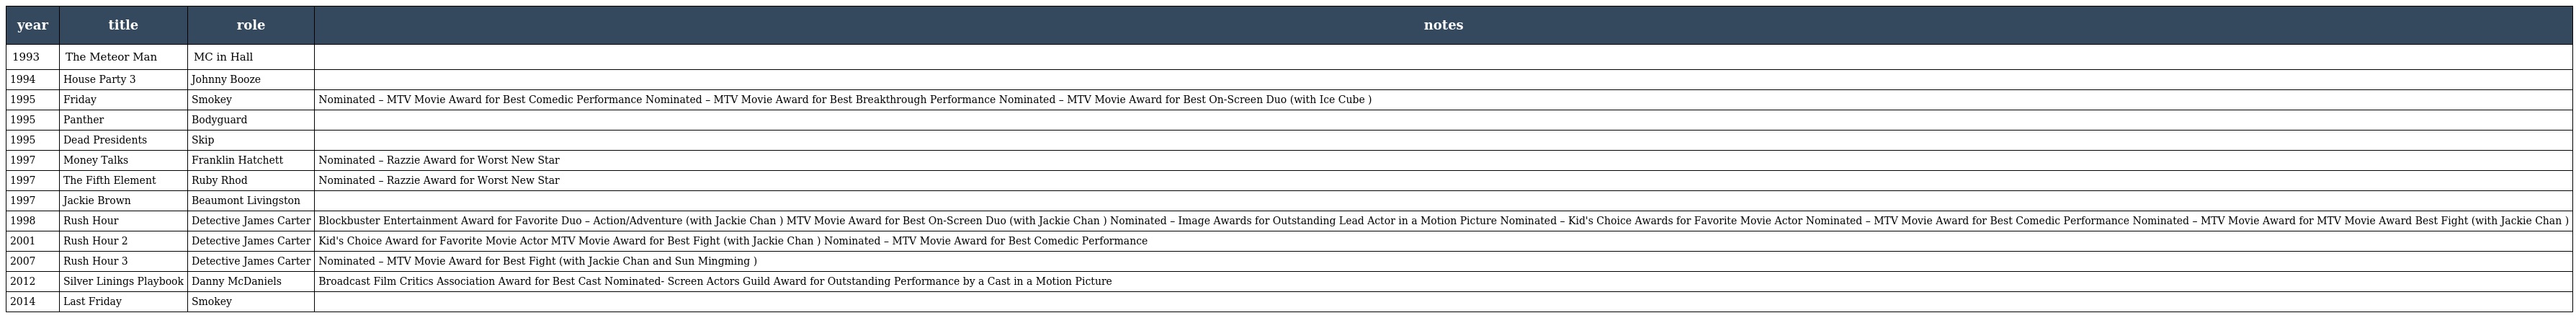
| year | title | role | notes |
 | --- | --- | --- | --- |
 | 1993 | The Meteor Man | MC in Hall |  |
 | 1994 | House Party 3 | Johnny Booze |  |
 | 1995 | Friday | Smokey | Nominated – MTV Movie Award for Best Comedic Performance Nominated – MTV Movie Award for Best Breakthrough Performance Nominated – MTV Movie Award for Best On-Screen Duo (with Ice Cube ) |
 | 1995 | Panther | Bodyguard |  |
 | 1995 | Dead Presidents | Skip |  |
 | 1997 | Money Talks | Franklin Hatchett | Nominated – Razzie Award for Worst New Star |
 | 1997 | The Fifth Element | Ruby Rhod | Nominated – Razzie Award for Worst New Star |
 | 1997 | Jackie Brown | Beaumont Livingston |  |
 | 1998 | Rush Hour | Detective James Carter | Blockbuster Entertainment Award for Favorite Duo – Action/Adventure (with Jackie Chan ) MTV Movie Award for Best On-Screen Duo (with Jackie Chan ) Nominated – Image Awards for Outstanding Lead Actor in a Motion Picture Nominated – Kid's Choice Awards for Favorite Movie Actor Nominated – MTV Movie Award for Best Comedic Performance Nominated – MTV Movie Award for MTV Movie Award Best Fight (with Jackie Chan ) |
 | 2001 | Rush Hour 2 | Detective James Carter | Kid's Choice Award for Favorite Movie Actor MTV Movie Award for Best Fight (with Jackie Chan ) Nominated – MTV Movie Award for Best Comedic Performance |
 | 2007 | Rush Hour 3 | Detective James Carter | Nominated – MTV Movie Award for Best Fight (with Jackie Chan and Sun Mingming ) |
 | 2012 | Silver Linings Playbook | Danny McDaniels | Broadcast Film Critics Association Award for Best Cast Nominated- Screen Actors Guild Award for Outstanding Performance by a Cast in a Motion Picture |
 | 2014 | Last Friday | Smokey |  |